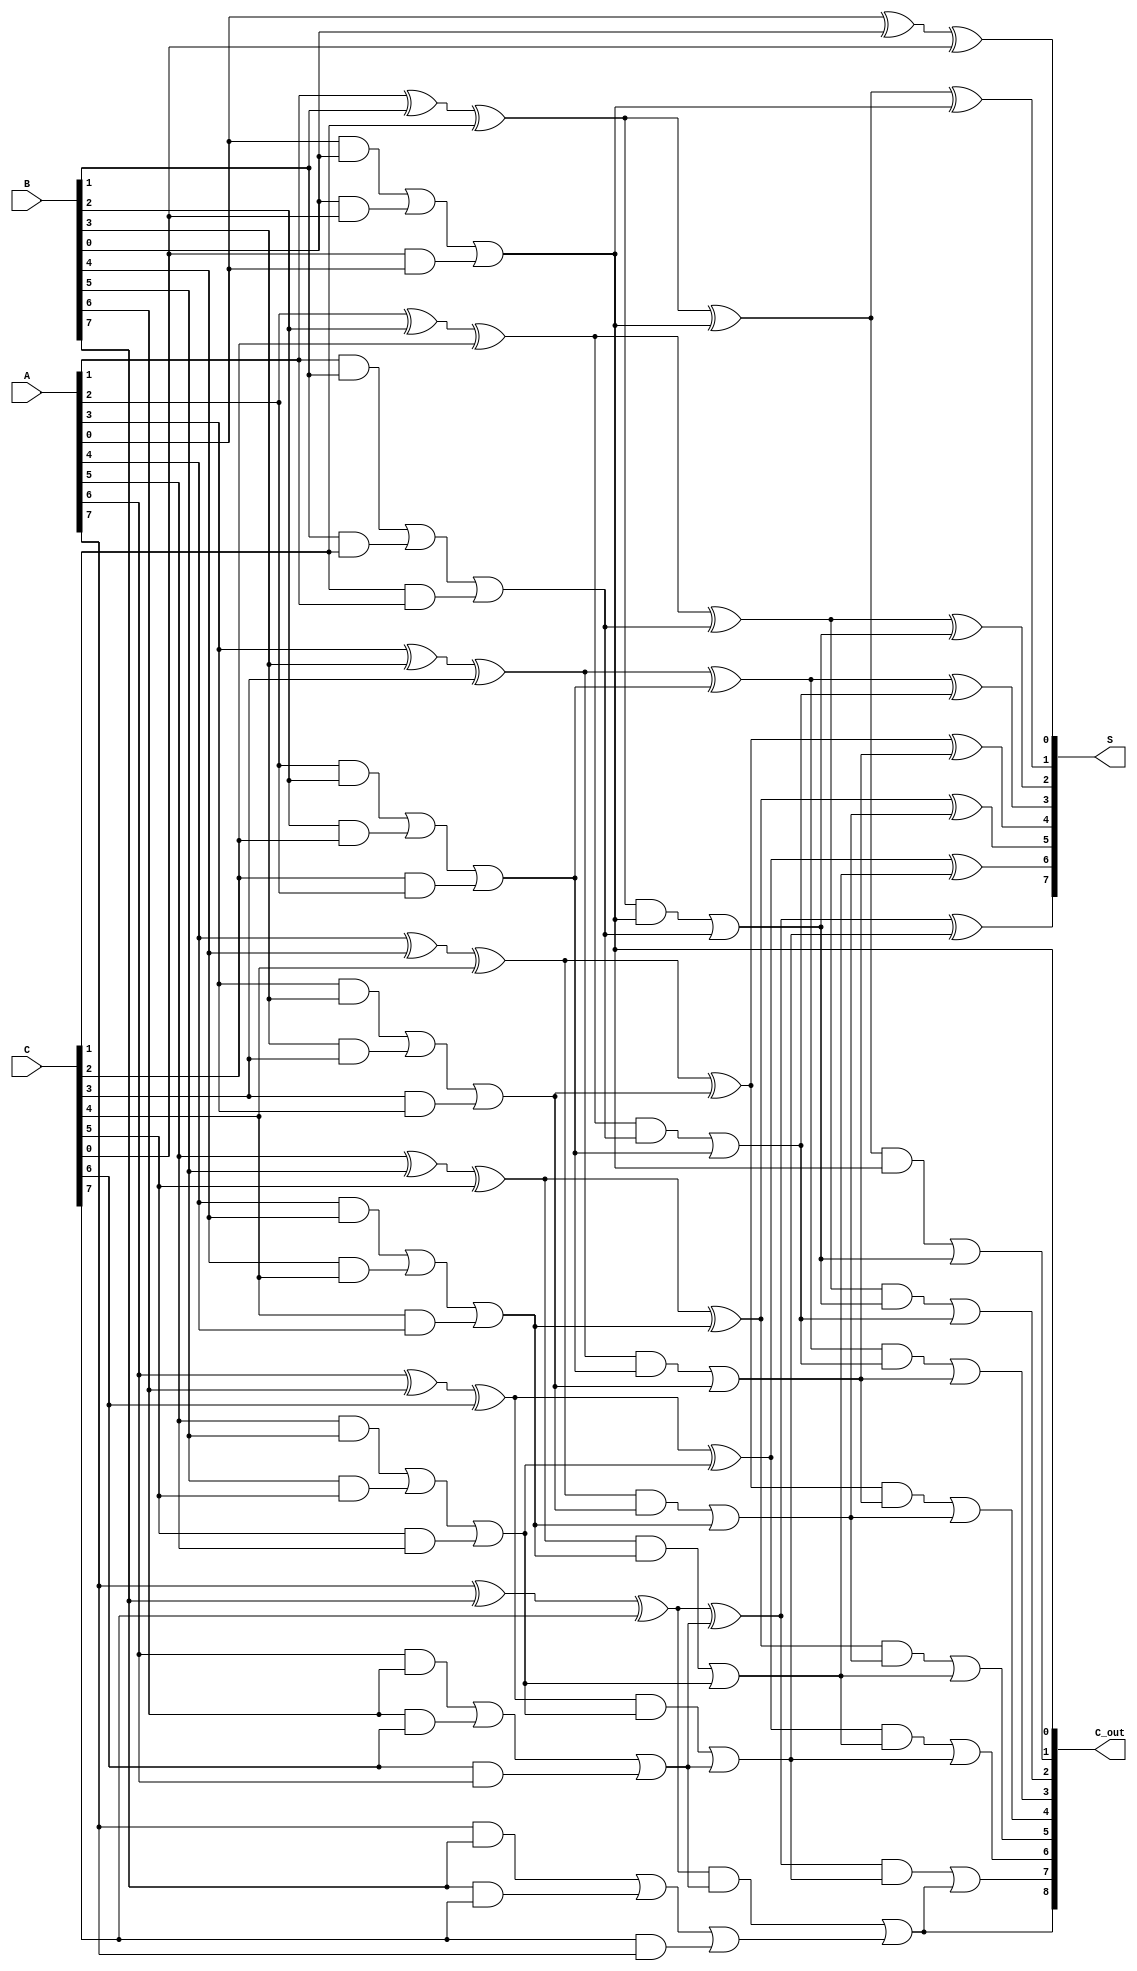
module CarrySaveAdder #(
    parameter N = 8 // Bit-width for operands
)(
    input  wire [N-1:0] A, // First operand
    input  wire [N-1:0] B, // Second operand
    input  wire [N-1:0] C, // Third operand
    output wire [N-1:0] S, // Final Sum Output
    output wire [N:0] C_out // Final carry output (N+1 bits)
);

// Internal wires to hold carry and sum values
wire [N-1:0] Sum1, Carry1;
wire [N-1:0] Sum2, Carry2;
wire [N-1:0] Sum3, Carry3;

// Stage 1: Full Adders for the first three inputs (A, B, C)
genvar i;
generate
    for (i = 0; i < N; i = i + 1) begin: full_adder_stage1
        // Full adder for inputs A, B, and C
        assign Sum1[i] = A[i] ^ B[i] ^ C[i];
        assign Carry1[i] = (A[i] & B[i]) | (B[i] & C[i]) | (C[i] & A[i]);
    end
endgenerate

// Stage 2: Combine the sum and carry from the first stage
generate
    for (i = 0; i < N; i = i + 1) begin: full_adder_stage2
        // Full adder considering Carry from the previous stage
        if (i == 0) begin
            assign Sum2[i] = Sum1[i]; // First bit
            assign Carry2[i] = Carry1[i]; // First carry
        end else begin
            assign Sum2[i] = Sum1[i] ^ Carry1[i-1];
            assign Carry2[i] = (Sum1[i] & Carry1[i-1]) | Carry1[i];
        end
    end
endgenerate

// Stage 3: Final sum and carry output
generate
    for (i = 0; i < N; i = i + 1) begin: full_adder_stage3
        // Final sum and carry output
        if (i == 0) begin
            assign S[i] = Sum2[i]; // Final sum for the least significant bit
            assign C_out[i] = Carry2[i]; // Final carry for the least significant bit
        end else begin
            assign S[i] = Sum2[i] ^ Carry2[i-1];
            assign C_out[i] = (Sum2[i] & Carry2[i-1]) | Carry2[i];
        end
    end
endgenerate

// Assigning the final carry out (N+1 bit)
assign C_out[N] = Carry2[N-1]; // Overflow carry

endmodule